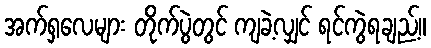
အက်ရှလေများ တိုက်ပွဲတွင် ကျခဲ့လျှင် ရင်ကွဲရချည့်။